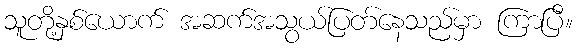
သူတို့နှစ်ယောက် အဆက်အသွယ်ပြတ်နေသည်မှာ ကြာပြီ။